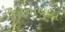
બનાવાય